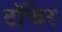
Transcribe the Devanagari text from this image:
टाॅफेर